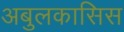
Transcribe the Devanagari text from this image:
अबुलकासिस